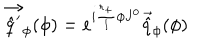
LaTeX: \vec { \hat { q } ^ { \prime } } _ { \phi } ( \phi ) = e ^ { i \frac { r _ { + } } { l } \phi J ^ { 0 } } \vec { \hat { q } } _ { \phi } ( \phi )